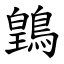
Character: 䳨